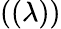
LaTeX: ((\lambda))